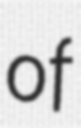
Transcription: of